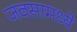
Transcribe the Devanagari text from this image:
जवसामध्ये